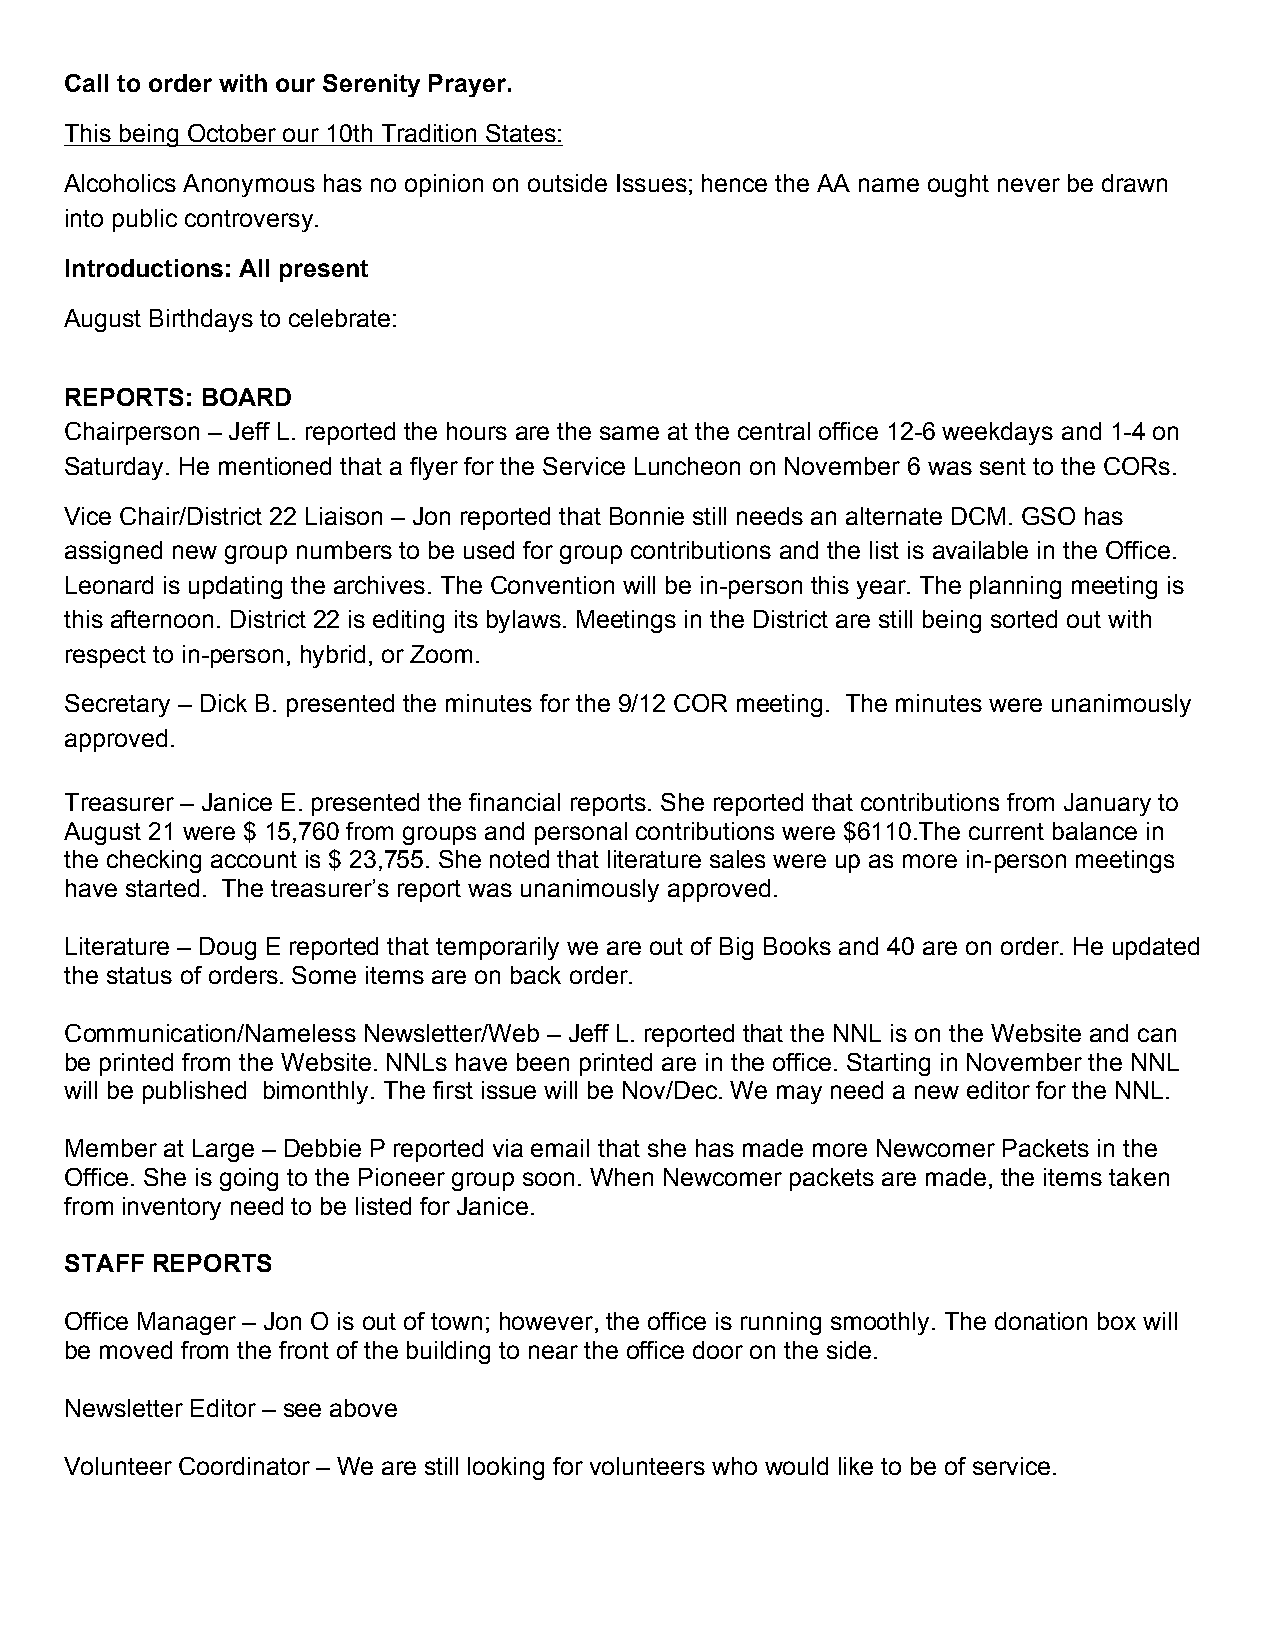
Call to order with our Serenity Prayer.
 This being October our 10th Tradition States:
 Alcoholics Anonymous has no opinion on outside Issues; hence the AA name ought never be drawn
 into public controversy.
 Introductions: All present
 August Birthdays to celebrate:
 REPORTS: BOARD
 Chairperson – Jeff L. reported the hours are the same at the central office 12-6 weekdays and 1-4 on
 Saturday. He mentioned that a flyer for the Service Luncheon on November 6 was sent to the CORs.
 Vice Chair/District 22 Liaison – Jon reported that Bonnie still needs an alternate DCM. GSO has
 assigned new group numbers to be used for group contributions and the list is available in the Office.
 Leonard is updating the archives. The Convention will be in-person this year. The planning meeting is
 this afternoon. District 22 is editing its bylaws. Meetings in the District are still being sorted out with
 respect to in-person, hybrid, or Zoom.
 Secretary – Dick B. presented the minutes for the 9/12 COR meeting. The minutes were unanimously
 approved.
 Treasurer – Janice E. presented the financial reports. She reported that contributions from January to
 August 21 were $ 15,760 from groups and personal contributions were $6110.The current balance in
 the checking account is $ 23,755. She noted that literature sales were up as more in-person meetings
 have started. The treasurer’s report was unanimously approved.
 Literature – Doug E reported that temporarily we are out of Big Books and 40 are on order. He updated
 the status of orders. Some items are on back order.
 Communication/Nameless Newsletter/Web – Jeff L. reported that the NNL is on the Website and can
 be printed from the Website. NNLs have been printed are in the office. Starting in November the NNL
 will be published bimonthly. The first issue will be Nov/Dec. We may need a new editor for the NNL.
 Member at Large – Debbie P reported via email that she has made more Newcomer Packets in the
 Office. She is going to the Pioneer group soon. When Newcomer packets are made, the items taken
 from inventory need to be listed for Janice.
 STAFF REPORTS
 Office Manager – Jon O is out of town; however, the office is running smoothly. The donation box will
 be moved from the front of the building to near the office door on the side.
 Newsletter Editor – see above
 Volunteer Coordinator – We are still looking for volunteers who would like to be of service.